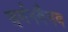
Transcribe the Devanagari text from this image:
वर्णनवैभव